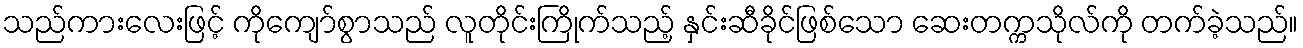
သည်ကားလေးဖြင့် ကိုကျော်စွာသည် လူတိုင်းကြိုက်သည့် နှင်းဆီခိုင်ဖြစ်သော ဆေးတက္ကသိုလ်ကို တက်ခဲ့သည်။